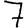
Digit: 7